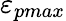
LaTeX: \varepsilon_{pmax}